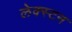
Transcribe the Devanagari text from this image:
लेक्स्टन